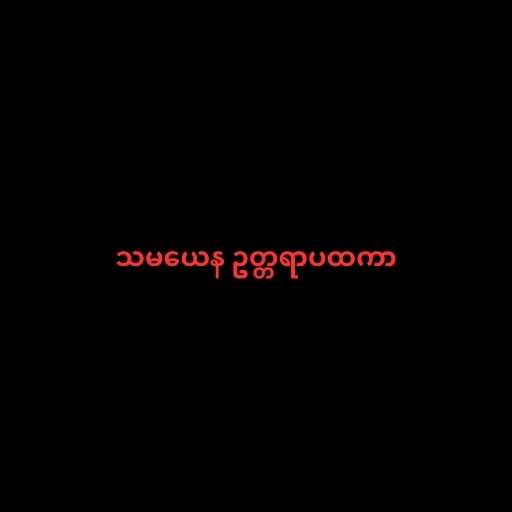
သမယေန ဥတ္တရာပထကာ